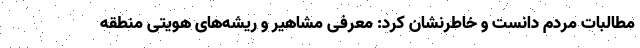
مطالبات مردم دانست و خاطرنشان کرد: معرفی مشاهیر و ریشه‌های هویتی منطقه